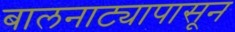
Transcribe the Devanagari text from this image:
बालनाट्यापासून